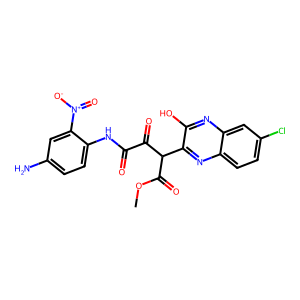
SMILES: COC(=O)C(C(=O)C(=O)Nc1ccc(N)cc1[N+](=O)[O-])c1nc2ccc(Cl)cc2nc1O
Inhibits HIV replication: No